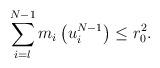
LaTeX: \begin{align*} \sum_{i=l}^{N-1} m_i\left(u_i^{N-1}\right) \leq r_0^2.\end{align*}